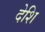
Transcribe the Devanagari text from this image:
देशि